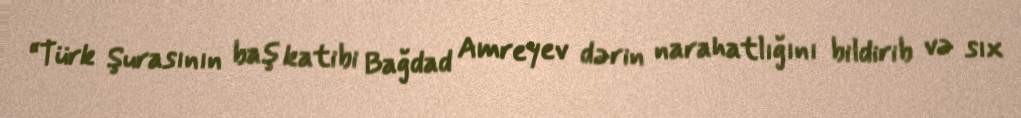
“Türk Şurasının baş katibi Bağdad Amreyev dərin narahatlığını bildirib və sıx